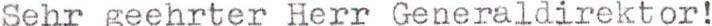
Sehr geehrter Herr Generaldirektor!